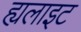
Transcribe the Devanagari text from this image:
ह्यलाइट